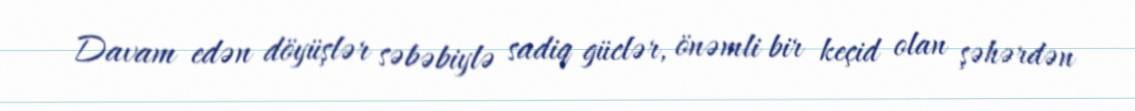
Davam edən döyüşlər səbəbiylə sadiq güclər, önəmli bir keçid olan şəhərdən